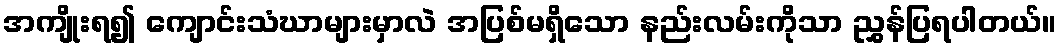
အကျိုးရ၍ ကျောင်းသံဃာများမှာလဲ အပြစ်မရှိသော နည်းလမ်းကိုသာ ညွှန်ပြရပါတယ်။